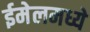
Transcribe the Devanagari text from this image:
ईमेलमध्ये